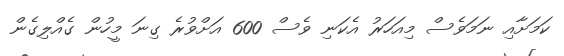
ކަމަށާއި ނަމަވެސް މިއަހަރު އެކަނި ވެސް 600 އަށްވުރެ ގިނަ މީހުން ގެއްލިގެން